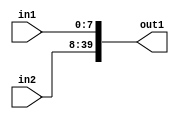
`timescale 1ps / 1ps
/*****************************************************************************
    Verilog RTL Description
    
    
    Created by: CellMath Designer 2019.1.01 
*******************************************************************************/

module DFT_compute_entirecomputation_alt4_4_0 (
	in1,
	in2,
	out1
	); /* architecture "behavioural" */ 
input [7:0] in1;
input [31:0] in2;
output [39:0] out1;
wire [39:0] asc010;

assign asc010 = {in2,in1};

assign out1 = asc010;
endmodule

/* CADENCE  urn1Qg8= : u9/ySgnWtBlWxVPRXgAZ4Og= ** DO NOT EDIT THIS LINE ******/